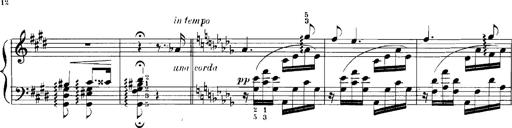
Title: Rhapsodies hongroises
Composer: Franz Liszt